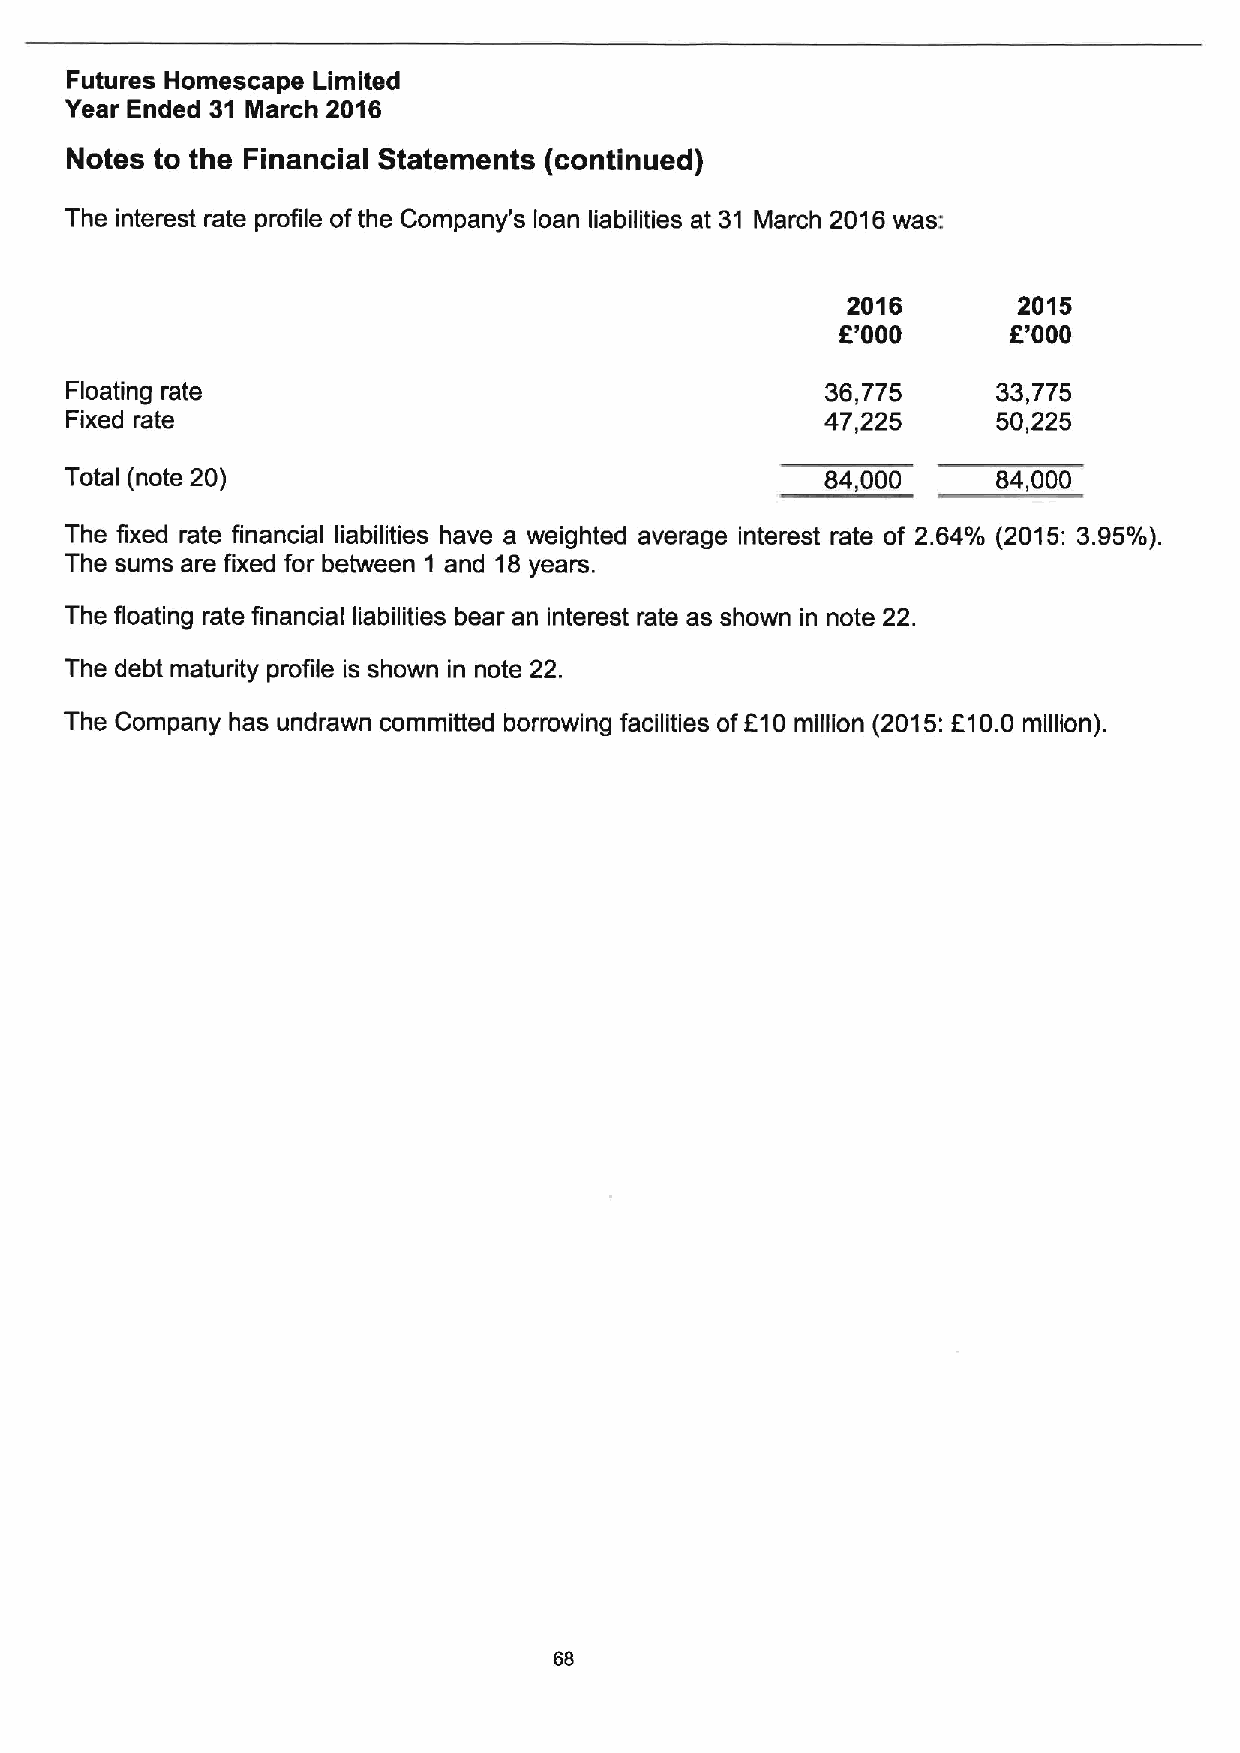
Futures Homescape Limited
 Year Ended 31 March 2016
 Notes to the Financial Statements (continued)
 The interest rate profile ofthe Company's loan liabilities at 31 March 2016was:
 2016       2015
 K'000      R'000
 Floating rate                                      36,775     33,775
 Fixed rate                                         47,225     50,225
 Total (note 20)                                    84,000     84,000
 The fixed rate financial liabilities have a weighted average interest rate of 2.64/o (2015: 3.95/o).
 The sums are fixed for between 1 and 18years.
 The floating rate financial liabilities bear an interest rate as shown in note 22.
 The debt maturity profile is shown in note 22.
 The Company has undrawn committed borrowing facilities ofE10million (2015:810.0 million).
 68